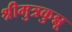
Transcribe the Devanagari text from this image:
श्रीमुत्रकुन्नू